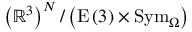
\left( \mathbb { R } ^ { 3 } \right) ^ { N } / \left( \mathrm { E } \left( 3 \right) \times \mathrm { S y m } _ { \Omega } \right)